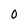
Character: O